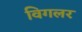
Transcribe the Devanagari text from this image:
विगलर